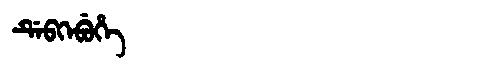
Manchu: ᡩᡝᠪᡴᡝᠪᡠᡥᡝ
Romanization: DEBKEBUHE